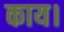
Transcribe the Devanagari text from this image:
काय।